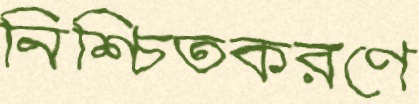
নিশ্চিতকরণে